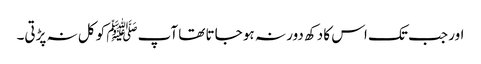
اور جب تک اس کا دکھ دور نہ ہو جاتا تھا آپﷺ کو کل نہ پڑتی۔